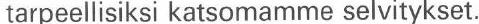
tarpeellisiksi katsomamme selvitykset.